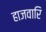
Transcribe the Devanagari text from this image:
हाजवारि